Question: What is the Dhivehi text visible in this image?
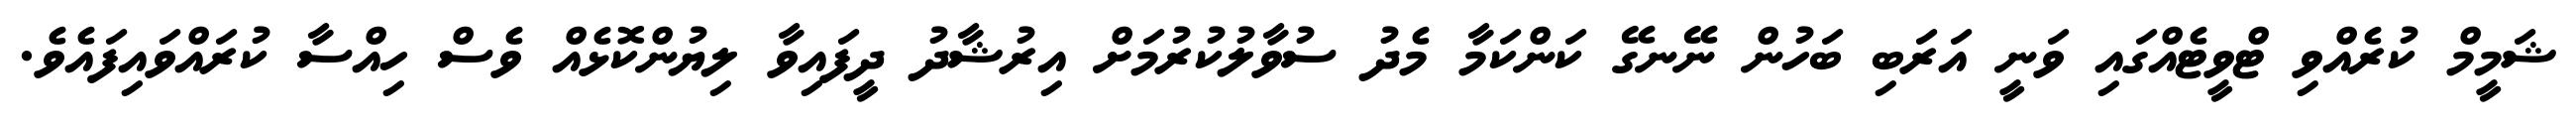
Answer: ޝަމީމް ކުރެއްވި ޓްވީޓެއްގައި ވަނީ އަރަބި ބަހުން ނޭނގޭ ކަންކަމާ މެދު ސުވާލުކުރުމަށް އިރުޝާދު ދީފައިވާ ލިޔުންކޮޅެއް ވެސް ހިއްސާ ކުރައްވައިފައެވެ.